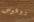
روفوس